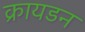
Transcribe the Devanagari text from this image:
क्रायडन